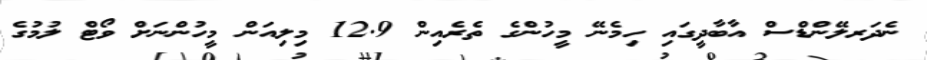
ނެދަރލޭންޑްސް އާބާދީގައި ހިމެނޭ މީހުންގެ ތެރެއިން 12.9 މިލިއަން މީހުންނަށް ވޯޓް ލުމުގެ